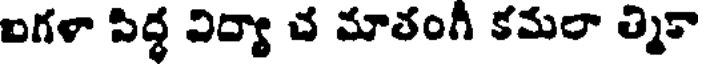
ఐగళా పిద్ధ విద్యా చ మాతంగీ కమలా త్మికా